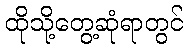
ထိုသို့တွေ့ဆုံရာတွင်